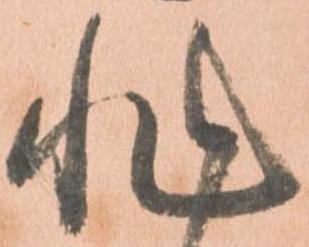
非